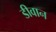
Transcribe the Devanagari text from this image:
डीवान